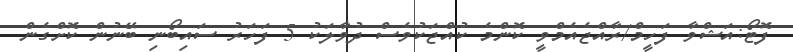
ފޮޓޯ:އަޝްވާ ފަހީމް/ރާއްޖެއެމްވީ ކޮންމެ ކުއްޖަކުވެސް ދުވާލަކު 5 ފަހަރު ސައިބޯނި ބޭނުން ކޮށްގެން